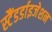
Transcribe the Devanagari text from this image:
स्टैंडर्डाइजेशन